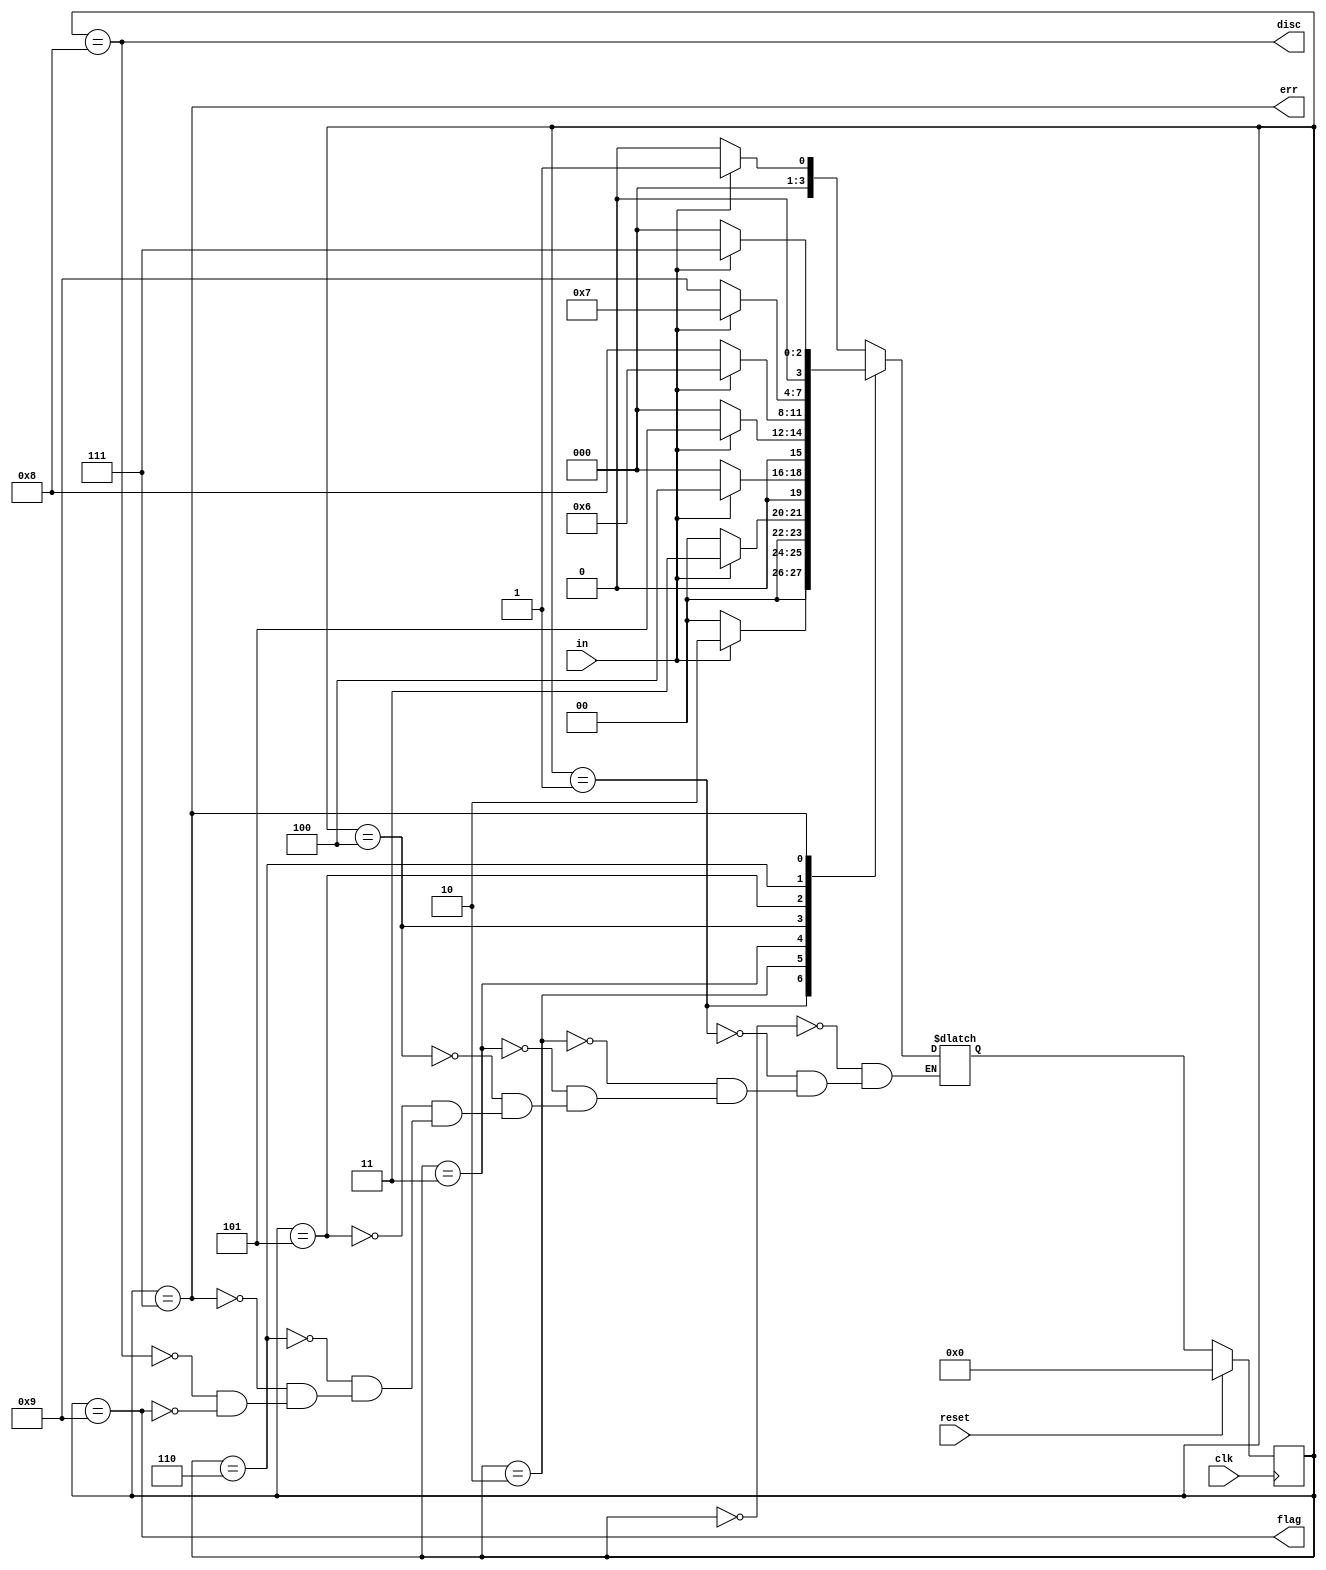
module top_module(
    input clk,
    input reset,    // Synchronous reset
    input in,
    output disc,
    output flag,
    output err);
	
    // declaration
    parameter none = 4'd0, one = 4'd1, two = 4'd2, three = 4'd3, four = 4'd4, five = 4'd5, six = 4'd6;
    parameter ERR = 4'd7, DISC = 4'd8, FLAG = 4'd9;
    reg [3:0] state, next;
    
    // state transition
    always @(*) begin
        case(state)
            none: 	next = in ?	one		: none;
            one:	next = in ?	two		: none;
            two:	next = in ? three 	: none;
            three: 	next = in ? four	: none;
            four: 	next = in ? five 	: none;
            five: 	next = in ? six 	: DISC;
            six: 	next = in ? ERR		: FLAG;
            ERR:	next = in ? ERR		: none;
            DISC:	next = in ? one	 	: none;
            FLAG: 	next = in ? one 	: none;
        endcase
    end
    // state flip-flop
    always @(posedge clk) begin
        if(reset)
            state <= none;
        else
            state <= next;
    end
    // output logic
    
    assign disc = (state == DISC);
    assign flag = (state == FLAG);
    assign err 	= (state == ERR);
endmodule